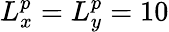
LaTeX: L_{x}^{p}=L_{y}^{p}=10